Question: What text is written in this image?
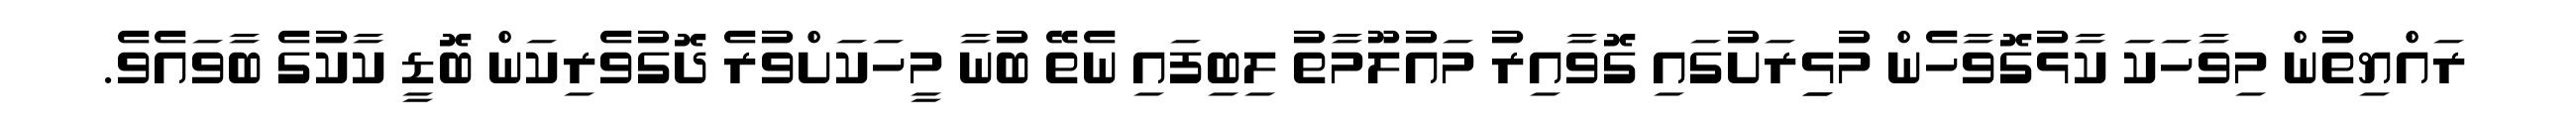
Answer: ރައްޔިތުން މިވާހަކަ ކާޅުގޮވާހެން މުޅިިރަށުގައި ގޮވާއިރު މައުލޫމާތު ލިބިފައި ނެތޭ ބުނާ މީހަކަށްވުރެ ދޮގުވެރިކަން ބޮޑީ ކާކުގެ ބާވައެވެ.